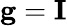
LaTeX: \mathbf g=\mathbf I